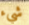
شيء